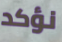
نؤكد